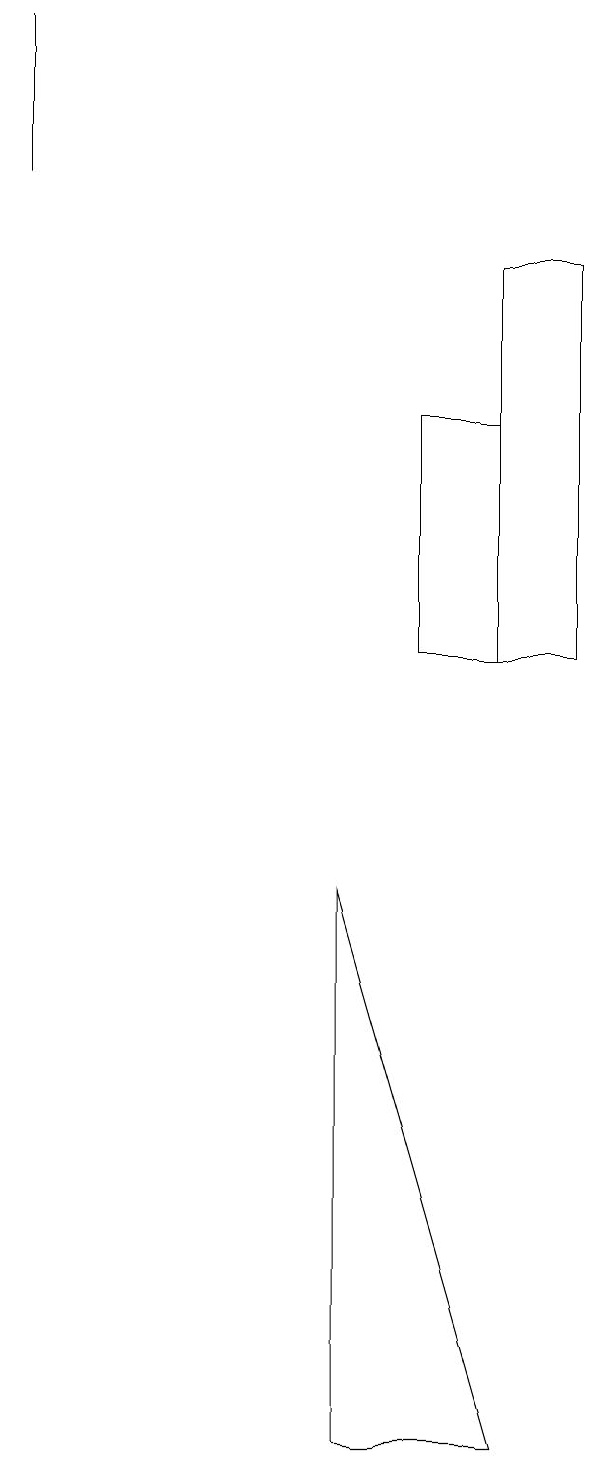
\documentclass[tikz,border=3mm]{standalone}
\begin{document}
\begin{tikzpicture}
\draw (1,19) rectangle (1,17);
\draw (7,1) -- (5,8) -- (5,1) -- cycle;
\draw (7,11) rectangle (6,14);
\draw (8,16) rectangle (7,11);
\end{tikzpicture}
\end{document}